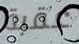
عقبة